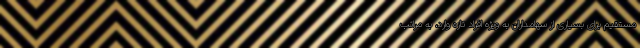
مستقیم برای بسیاری از سهامداران به ویژه افراد تازه وارد، به مراتب